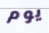
يوم